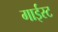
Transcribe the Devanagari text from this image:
गाईस्ट